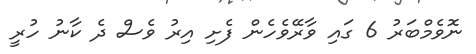
ނޮވެމްބަރު 6 ގައި ވާރޭވެހެން ފެށި އިރު ވެސް ދެ ކާނު ހުރީ